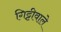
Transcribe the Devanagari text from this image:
गिट्टीवाले